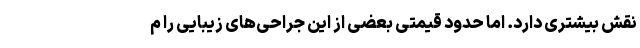
نقش بیشتری دارد. اما حدود قیمتی بعضی از این جراحی‌های زیبایی را م